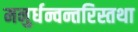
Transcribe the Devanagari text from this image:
मनुर्धन्वन्तरिस्तथा